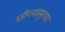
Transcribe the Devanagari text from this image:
प्रतीप्त्यसमुत्पाद